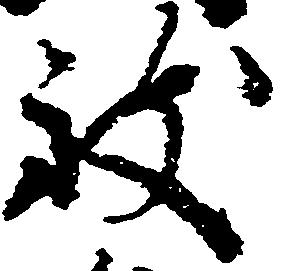
致